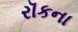
રૉકના